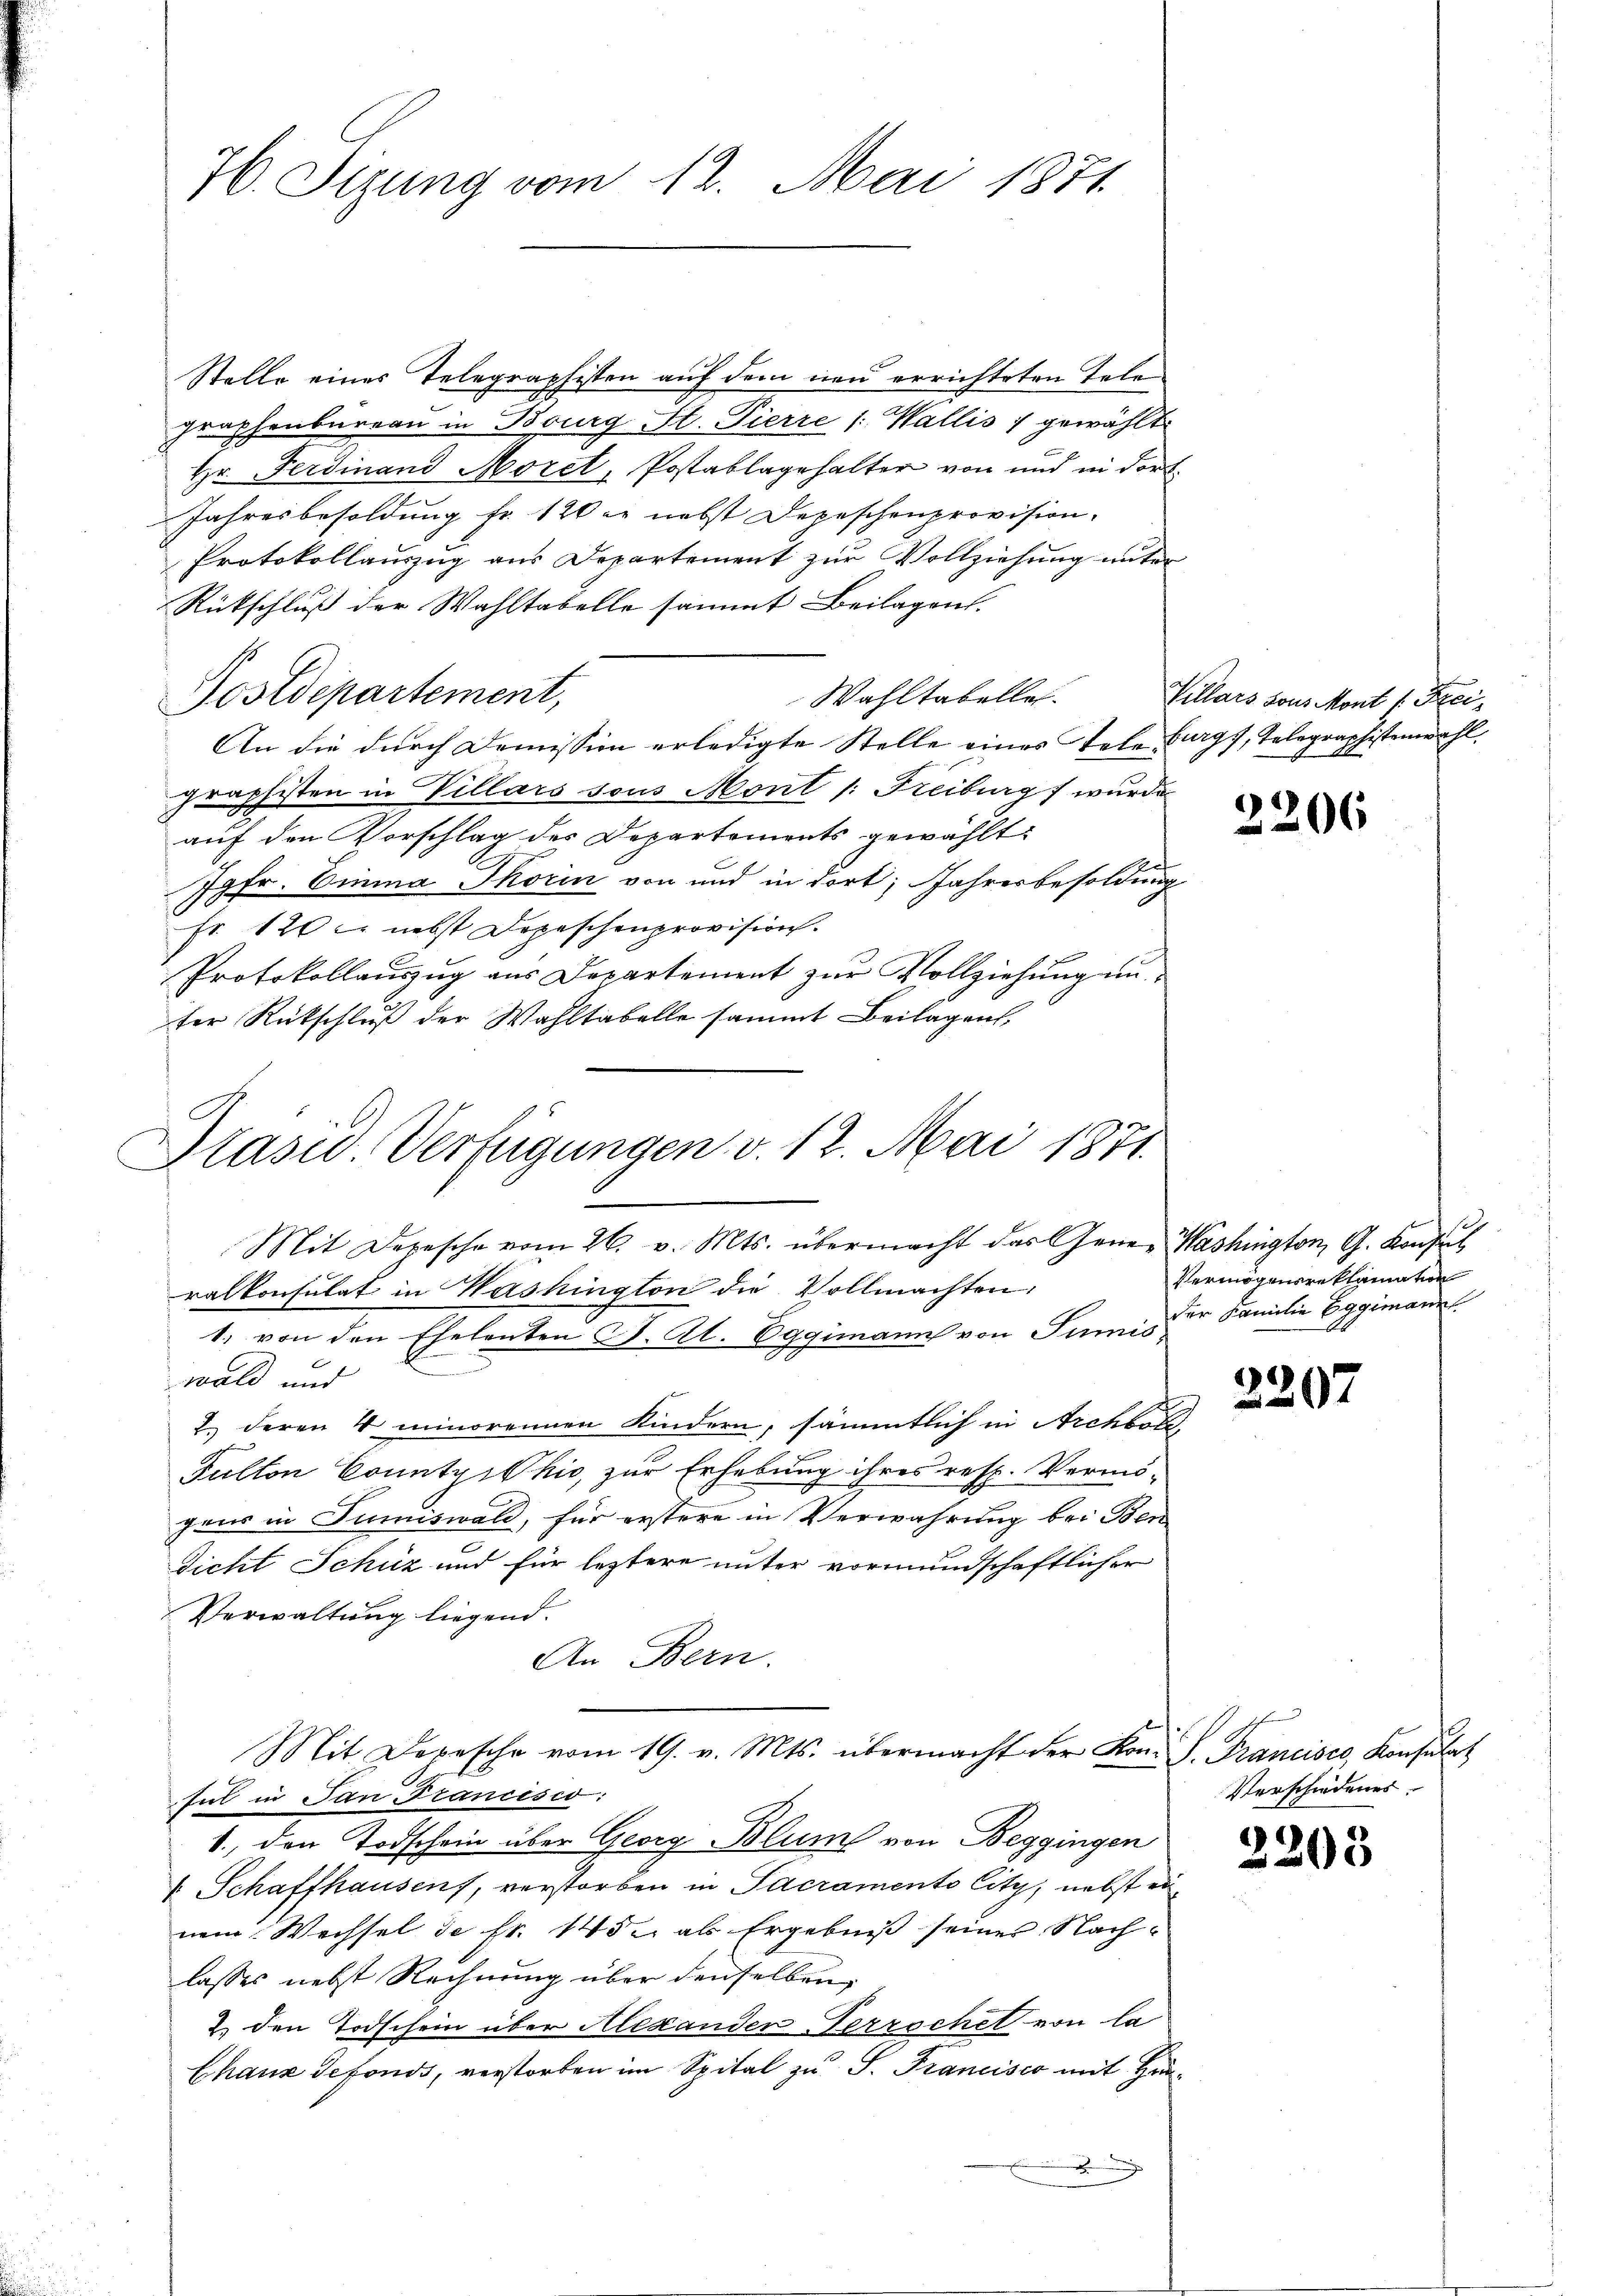
Stelle eines Telegraphisten auf dem neu errichteten Telegraphenbaren in Bourg St. Pierre /: Wallis f gewählt.
Hr. Ferdinand Morel, Postablagehalter von und in dort
Jahresbesoldung fr. 120 er nebst Depeschenprovision.
Protokollauszug aus Departement zur Vollziehung unter
Rütschluß der Wahltabelle sammt Beilagen.
Wahltabelle.
Postdepartement,
An die dŭrch Doṁission erledigte Stelle eines Tele Burgs, Telegraphistenwahl,
graphisten in Villars sous Mont /: Freiburg wurde
auf den Vorschlag des Departements gewählt
Jgfr. Einma Thorin von und in dort, Jahresbesoldung
Fr. 120 l. nebst Depeschenprovision.
Protokollaŭszŭg aŭs Departement zŭr Vollziehŭng ŭn-
ter Rückschluß der Wahltabelle sammt Beilagen,

H. Sizung vom 12. Mai 1871.

Stasu Verfügungen v. 12. Mai 1871.

Mit Depesche vom 26. v. Mts. übermacht das Gener Washington, G. Konsul
ralkonsulat in Mashington die Vollmachten,
1. von den Ehelenten J. A. Eggimann von Sumisn
wald und
2.) deren V minorennen Kindern, sämmtlich in Archbold,
Sulton Countyihio, zur Erhebung ihres resp. Vermö-
gens in Sumiswald, für erstere in Verwahrung bei Ben
Dicht Schuz und für leztere unter vormundschaftlicher
Verwaltung liegend.
An Bern.
Mit Depesche vom 19. v. Mts. übermacht der Kon. G. Francisco, Konsulat
sul in San Francesco:
1., den Todschein über Georg Blum von Beggingen
 Schaffhausens, verstorben in Sacramento Citz, nebst ein
nem Wechsel de fr. 145 u. als Ergebniß seiner Nachlasses nebst Rechnung über denselben,
2.) den Todschein über Alexander Terrochel von la
Chaux sefonds, verstorben im Spital zu S. Francisco mit Hin¬
.

Killars sous Mont 1. Frei¬

3206

Vermögensreklamation
der Familie Eggimann.

3202

Verschiedenes

3208